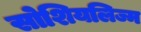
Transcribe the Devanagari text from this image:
सोशियलिज्म